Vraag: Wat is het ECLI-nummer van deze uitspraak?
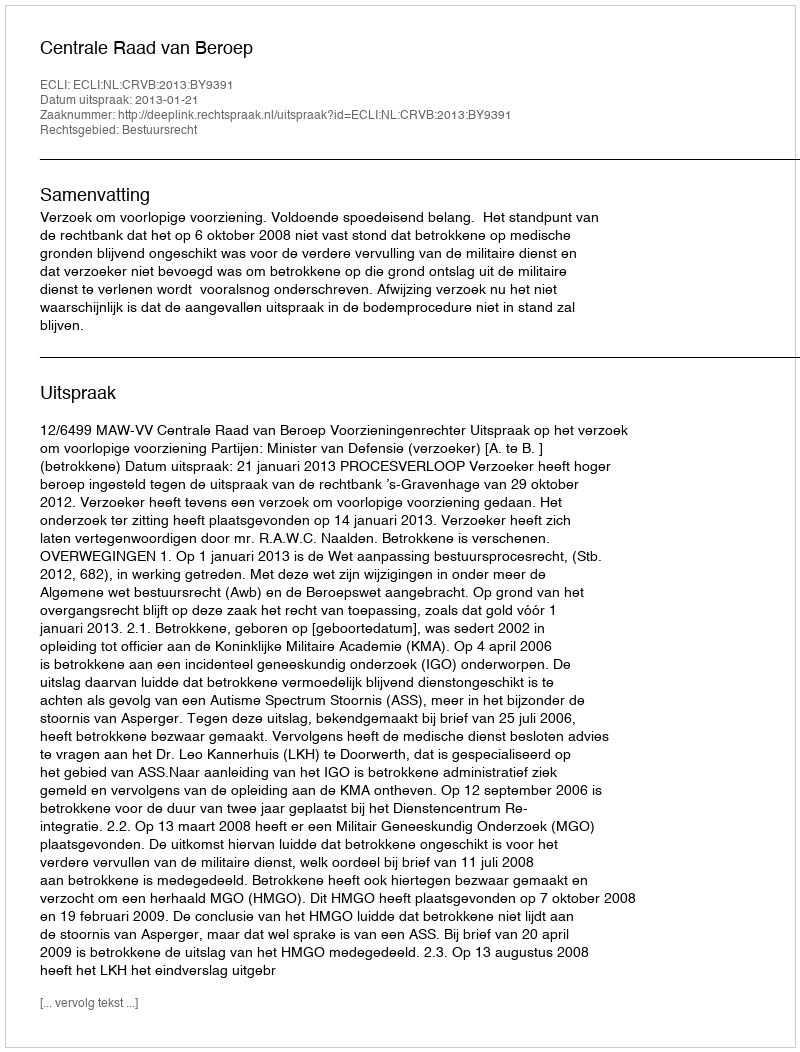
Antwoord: ECLI:NL:CRVB:2013:BY9391